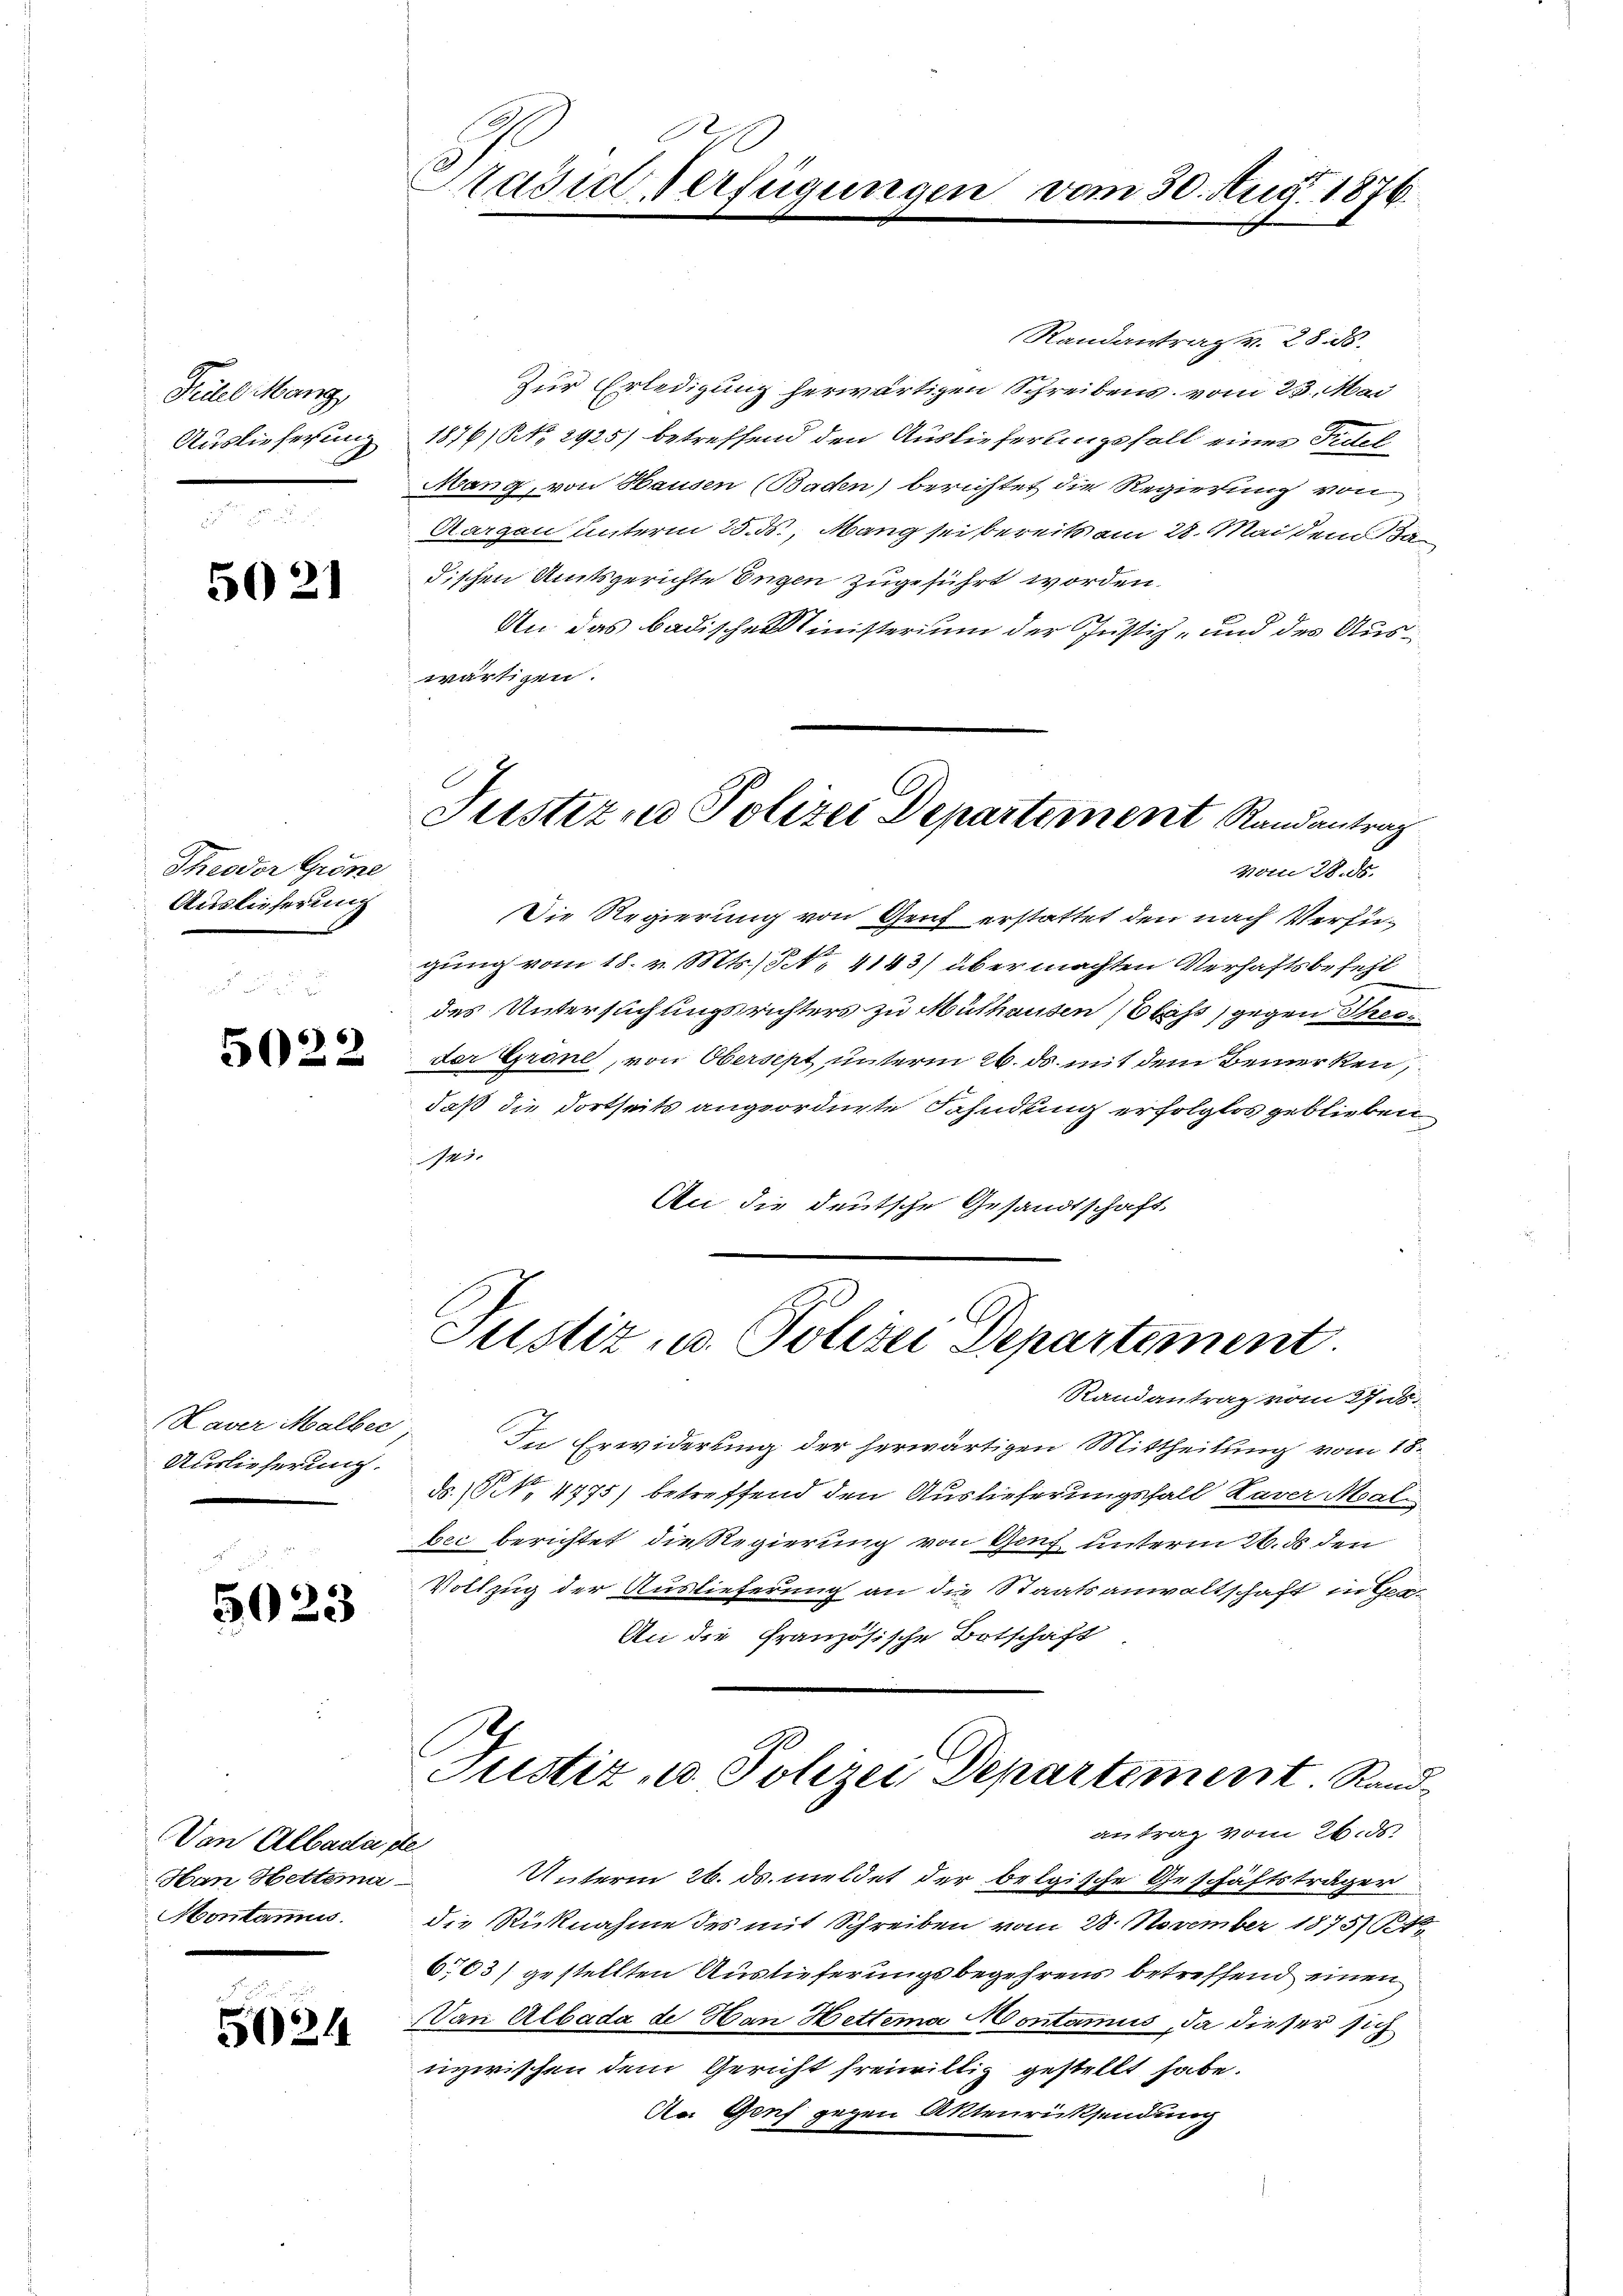
Treitel Mang

5021

Theodor Gröne
Auslieferung

5022

Kaver Malber
Auslieferung.

5023

Dan Albade ste
Han Hettera
Montanis

50214

Stadie Verfügungen

Randantrag v. 28. ds.
Zur Erledigung herwärtigen Schreibens vom 23. Mai
Auslieferung 1876/ NNo. 2925) betreffend den Auslieferlingsfall einer Titel
Mang, von Hausen (Baden) berichtet die Regierung von
Aargau unterm 25. ds., Mang sei bereits am 28. Mai dem Badischen Amtsgerichte Engen zugeführt worden.
An das badischen Ministerium der Justiz- und des Auswärtigen.
Justizio Polizei Departement Randantrag
vom 28. ds.
Die Regierung von Genf erstattet den nach Verfügung vom 18. v. Mts., N. 4143) übermachten Verhaftsbefehl
des Untersuchungsrichters zu Mülhausen (Obas, gegen Thesder Grone, von Obersept, unterm 26. ds. mit dem Bemerken,
daß die dortseits angeordnete Fahndung erfolglos geblieben
43.
An die deutsche Gesandtschaft

vom 30. Aug. 1876.

Justiz- u. Polizei Departement.

Justiz- u. Polizei Departement. Randantrag vom 26. ds.

Randantrag vom 27.5.
In Erwiderung der herwärtigen Mittheilung vom 18.
ds. (N. 4775) betreffend den Auslieferungsfall Kaver Male
bec berichtet die Regierung von Genf unterm 26. ds den
Vollzug der Auslieferung an die Staatsanwaltschaft in Ge¬
An die französische Botschaft
Unterm 26. ds. meldet der belgische Geschäftsträger
die Rücknahme des mit Schreiben vom 28. November 18751 1
663) gestellten Auslieferungsbegehrens betreffend einen
Dan Albada de Han Hettera Montamus, da dieser sich
inzwischen dem Gericht freiwillig gestellt habe.
Ha Genf gegen Aktenrücksendung